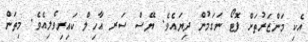
އެކި މަންޒަރުތަށް ފޮޓޯ ނަގަމުން ދިޔައެވެ. ޔޭސް ސަރ އާހިލް ކައިރިވެލިއެވެ. މިތަން